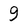
Character: 9